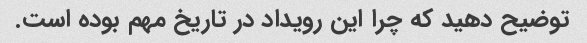
توضیح دهید که چرا این رویداد در تاریخ مهم بوده است.